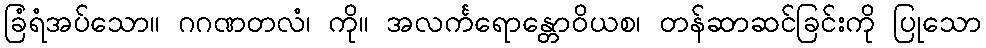
ခြံရံအပ်သော။ ဂဂဏတလံ၊ ကို။ အလင်္ကရောန္တောဝိယစ၊ တန်ဆာဆင်ခြင်းကို ပြုသော